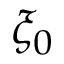
\xi _ { 0 }